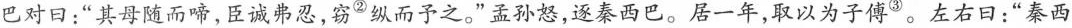
巴对口：”其母随而啼，臣诚弗忍，窃②纵而予之。”孟孙怒，逐秦西巴。居一年，取以为子傅③。左右日：”秦西